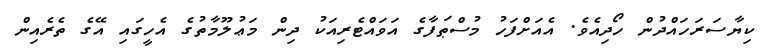
ކިޔާސަރަހައްދުން ހޯދިއެވެ. އެއަށްފަހު މުސްޠަފާގެ އަވައްޓެރިއަކު ދިން މަޢުލޫމާތުގެ އެހީގައި އޭގެ ތެރެއިން